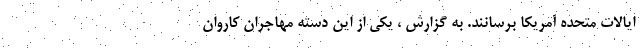
ایالات متحده آمریکا برسانند. به گزارش ، یکی از این دسته مهاجران کاروان